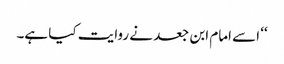
‘‘ اسے امام ابن جعد نے روایت کیا ہے۔